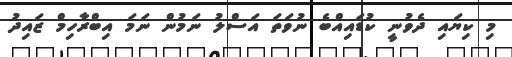
މި ކިޔައި ދެވުނީ ކުޑައިއްބެ ނުވަތަ އަސްލު ނަމުން ނަމަ އިބްރާހިމް ޒައިދު